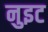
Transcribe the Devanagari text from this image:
नुइट